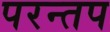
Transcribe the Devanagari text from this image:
परन्तप